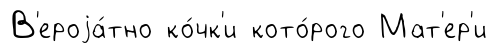
В'ероjа́тно ко́чк'и кото́рого Мат'ер'и